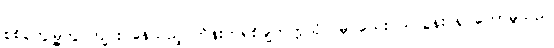
စစ်တွေမြို့တွင်ကျင်းပနေသည့် ကိန်းဘရစ်ချ်တက္ကသိုလ်မှ သေးငယ်လွန်း ရှင်တော်မူသည်